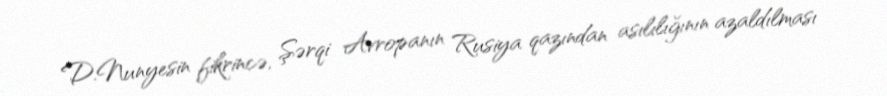
D.Nunyesin fikrincə, Şərqi Avropanın Rusiya qazından asılılığının azaldılması